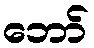
ဘော်